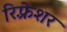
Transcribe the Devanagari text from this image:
रिफ़्रेशर